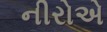
નીરોએ